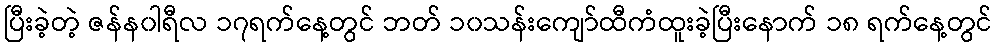
ပြီးခဲ့တဲ့ ဇန်န၀ါရီလ ၁၇ရက်နေ့တွင် ဘတ် ၁၀သန်းကျော်ထီကံထူးခဲ့ပြီးနောက် ၁၈ ရက်နေ့တွင်